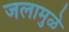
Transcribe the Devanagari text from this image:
जलामुळे